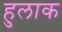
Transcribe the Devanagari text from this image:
हुलाक